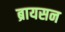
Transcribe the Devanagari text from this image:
ब्रायसन